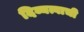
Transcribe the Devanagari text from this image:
दिव्यत्वाची